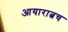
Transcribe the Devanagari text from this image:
आयारात्नच